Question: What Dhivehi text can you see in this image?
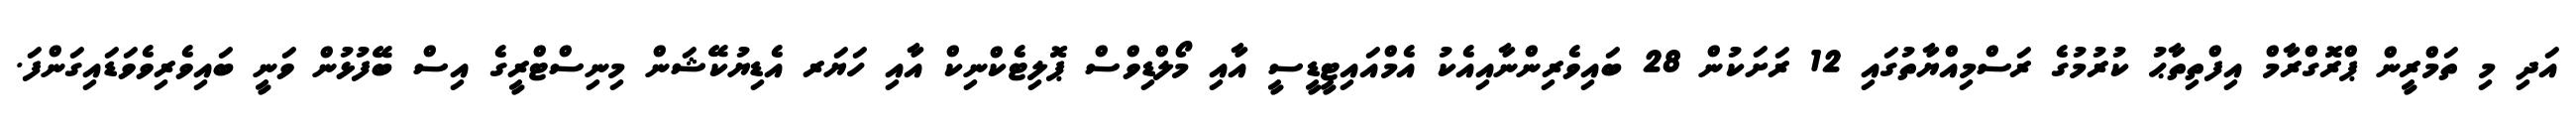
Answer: އަދި މި ތަމްރީން ޕްރޮގްރާމް އިފްތިތާޙު ކުރުމުގެ ރަސްމިއްޔާތުގައި 12 ރަށަކުން 28 ބައިވެރިންނާއިއެކު އެމްއައިޓީޑީސީ އާއި މޯލްޑިވްސް ޕޮލިޓެކްނިކް އާއި ހަޔަރ އެޑިޔުކޭޝަން މިނިސްޓްރީގެ އިސް ބޭފުޅުން ވަނީ ބައިވެރިވެވަޑައިގަންފަ.